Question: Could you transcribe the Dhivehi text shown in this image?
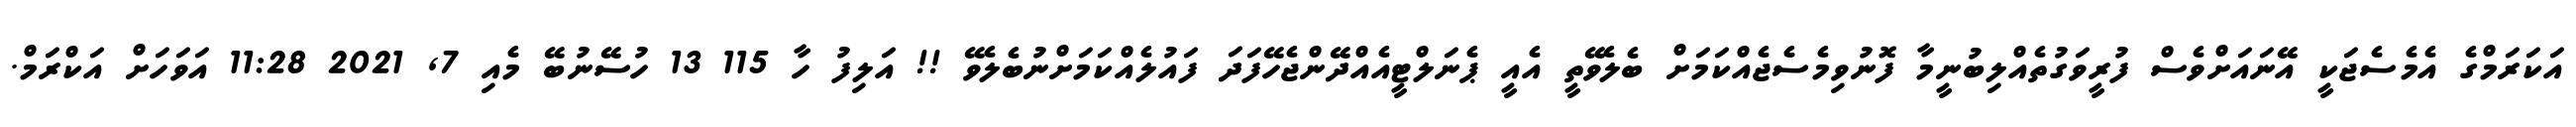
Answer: އަކަރަމްގެ އެމެސެޖަކީ އޭނައަށްވެސް ފުރީވަގުތެއްލިބުނީމާ ފޮނުވިމެސެޖެއްކަމަށް ބެލެވޭތީ އެއީ ޕެނަލްޓީއެއްދޭންޖެހޭފަދަ ފައުލެއްކަމަށްނުބެލެވޭ !! އަލިފު ހާ 115 13 ހުސޭނުބޭ މެއި 7, 2021 11:28 އަވަހަށް އަކްރަމް.